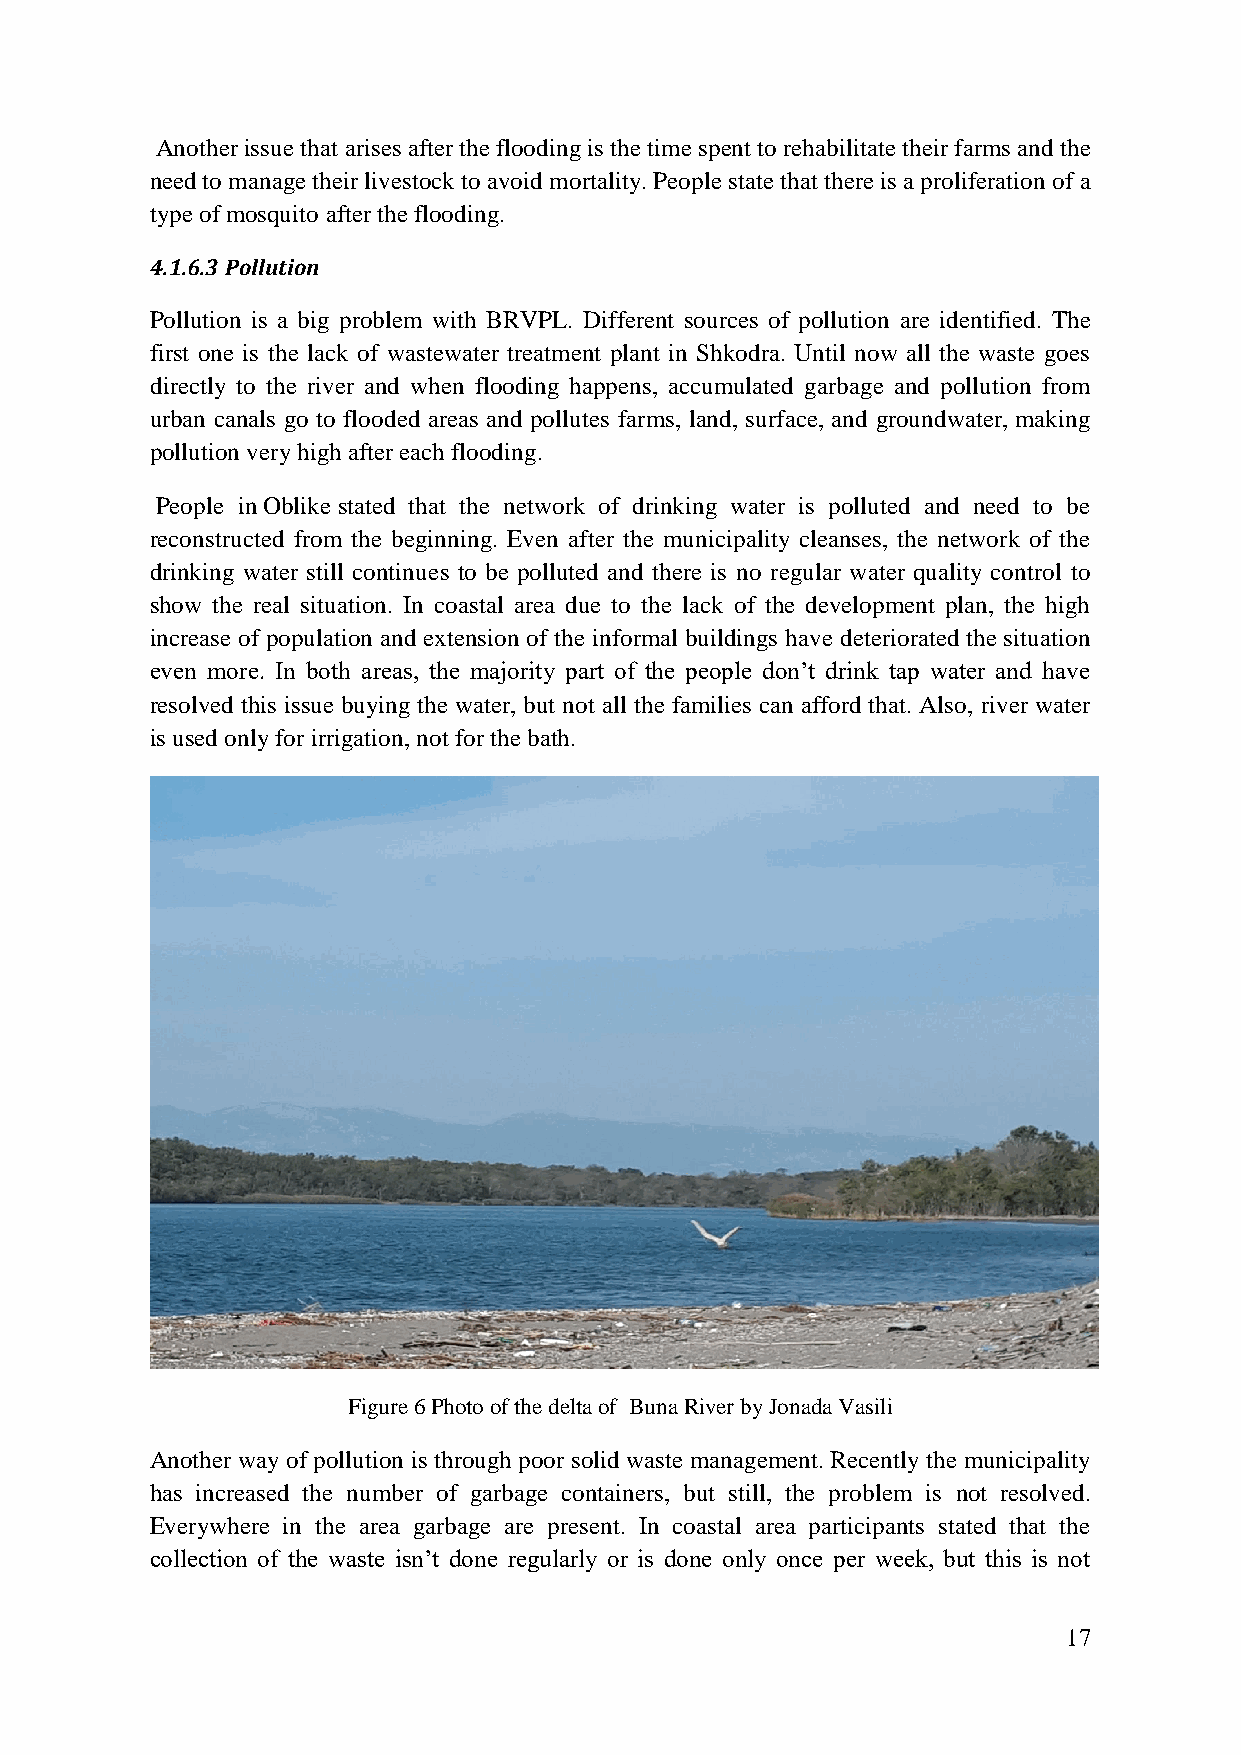
Another issue that arises after the flooding is the time spent to rehabilitate their farms and the
 need to manage their livestock to avoid mortality. People state that there is a proliferation of a
 type of mosquito after the flooding.
 4.1.6.3 Pollution
 Pollution is a big problem with BRVPL. Different sources of pollution are identified. The
 first one is the lack of wastewater treatment plant in Shkodra. Until now all the waste goes
 directly to the river and when flooding happens, accumulated garbage and pollution from
 urban canals go to flooded areas and pollutes farms, land, surface, and groundwater, making
 pollution very high after each flooding.
 People in Oblike stated that the network of drinking water is polluted and need to be
 reconstructed from the beginning. Even after the municipality cleanses, the network of the
 drinking water still continues to be polluted and there is no regular water quality control to
 show the real situation. In coastal area due to the lack of the development plan, the high
 increase of population and extension of the informal buildings have deteriorated the situation
 even more. In both areas, the majority part of the people don‟t drink tap water and have
 resolved this issue buying the water, but not all the families can afford that. Also, river water
 is used only for irrigation, not for the bath.
 Figure 6 Photo of the delta of Buna River by Jonada Vasili
 Another way of pollution is through poor solid waste management. Recently the municipality
 has increased the number of garbage containers, but still, the problem is not resolved.
 Everywhere in the area garbage are present. In coastal area participants stated that the
 collection of the waste isn‟t done regularly or is done only once per week, but this is not
 17